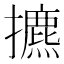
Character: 㩠